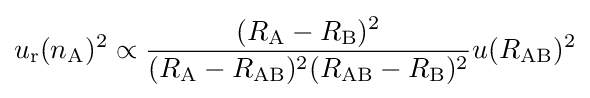
u_{\mathrm {r} }(n_{\mathrm {A} })^{2}\propto {\frac {(R_{\mathrm {A} }-R_{\mathrm {B} })^{2}}{(R_{\mathrm {A} }-R_{\mathrm {AB} })^{2}(R_{\mathrm {AB} }-R_{\mathrm {B} })^{2}}}u(R_{\mathrm {AB} })^{2}